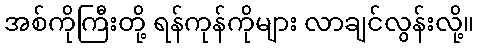
အစ်ကိုကြီးတို့ ရန်ကုန်ကိုများ လာချင်လွန်းလို့။